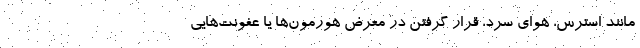
مانند استرس، هوای سرد، قرار گرفتن در معرض هورمون‌ها یا عفونت‌هایی